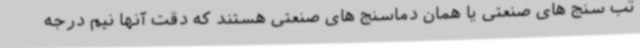
تب سنج های صنعتی یا همان دماسنج های صنعتی هستند که دقت آنها نیم درجه